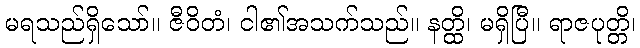
မရသည်ရှိသော်။ ဇီဝိတံ၊ ငါ၏အသက်သည်။ နတ္ထိ၊ မရှိပြီ။ ရာဇပုတ္တိ၊